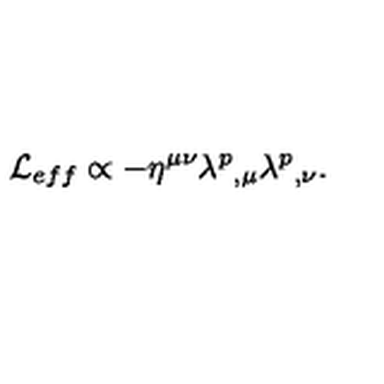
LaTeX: { \cal L } _ { e f f } \propto - \eta ^ { \mu \nu } \lambda ^ { p } { } _ { , \mu } \lambda ^ { p } { } _ { , \nu } .